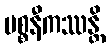
ပစ္စနီကဿန္တိ